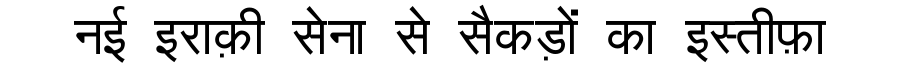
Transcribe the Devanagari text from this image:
नई इराक़ी सेना से सैकड़ों का इस्तीफ़ा